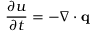
{ \frac { \partial u } { \partial t } } = - \nabla \cdot \mathbf { q }